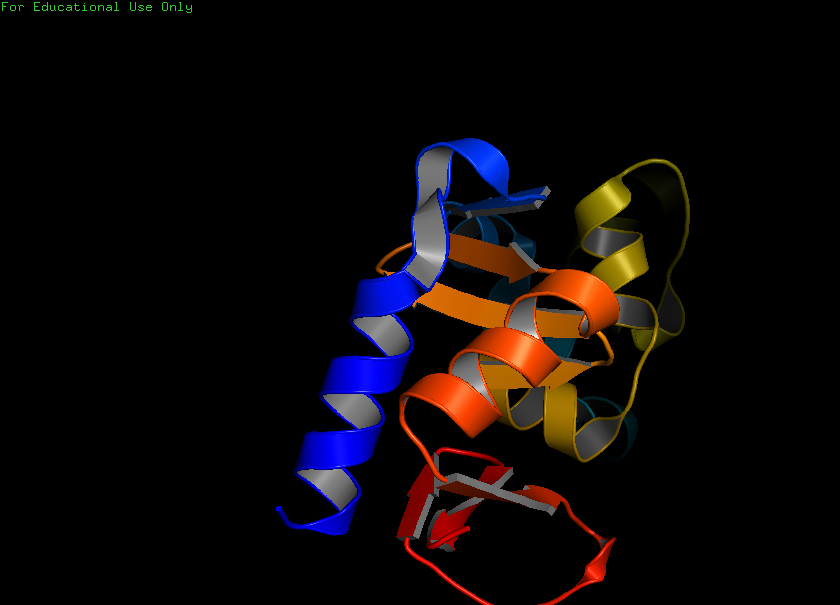
pymol, preset, publication